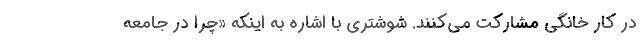
در کار خانگی مشارکت می‌کنند. شوشتری با اشاره به اینکه «چرا در جامعه